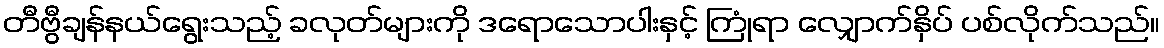
တီဗွီချန်နယ်ရွေးသည့် ခလုတ်များကို ဒရောသောပါးနှင့် ကြုံရာ လျှောက်နှိပ် ပစ်လိုက်သည်။